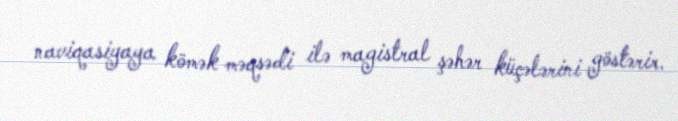
naviqasiyaya kömək məqsədi ilə magistral şəhər küçələrini göstərir.